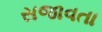
સજાવતા